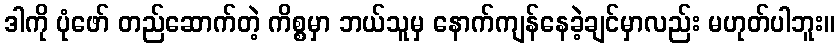
ဒါကို ပုံဖော် တည်ဆောက်တဲ့ ကိစ္စမှာ ဘယ်သူမှ နောက်ကျန်နေခဲ့ချင်မှာလည်း မဟုတ်ပါဘူး။